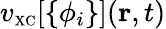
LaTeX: v_{\scriptscriptstyle\mathrm{XC}}[\{ \phi_{i}\} ]({\mathbf r},t)